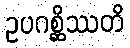
ဥပဂစ္ဆိဿတိ